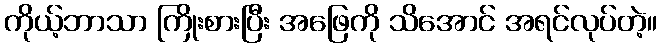
ကိုယ့်ဘာသာ ကြိုးစားပြီး အဖြေကို သိအောင် အရင်လုပ်တဲ့။